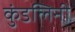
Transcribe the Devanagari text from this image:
कुंडलिनी